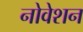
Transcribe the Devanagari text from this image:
नोवेशन